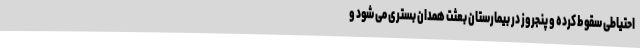
احتیاطی سقوط کرده و پنجروز در بیمارستان بعثت همدان بستری می شود و